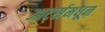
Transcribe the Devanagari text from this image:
आर्ट्समधून